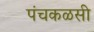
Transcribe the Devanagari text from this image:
पंचकळसी